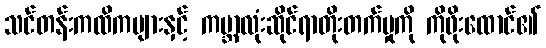
သင်တန်းကထိကများနှင့် ကမ္ဘာလုံးဆိုင်ရာတိုးတက်မှုကို ကိုဖိုးထောင်၏